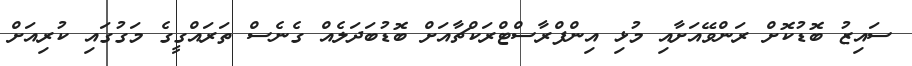
ސައިޒު ބޮޑުކޮށް ރަންވޭއަށާއި މުޅި އިންފްރާސްޓްރަކްޗާއަށް ބޮޑުބަދަލެއް ގެނެސް ތަރައްގީގެ މަގުގައި ކުރިއަށް